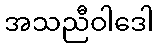
အသညီဝါဒေါ